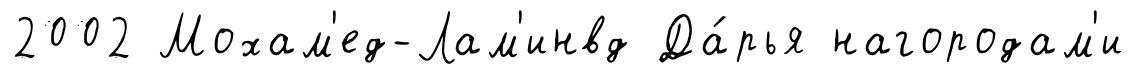
2002 Мохам'ед-Лам'инвд Да́рья нагородам'и